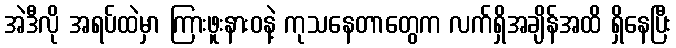
အဲဒီလို အရပ်ထဲမှာ ကြားဖူးနားဝနဲ့ ကုသနေတာတွေက လက်ရှိအချိန်အထိ ရှိနေပြီး